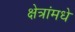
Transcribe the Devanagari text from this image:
क्षेत्रांमधे